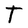
Character: T